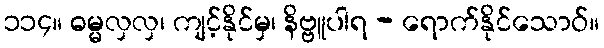
၁၁၄။ ဓမ္မလှလှ၊ ကျင့်နိုင်မှ၊ နိဗ္ဗူပါရ - ရောက်နိုင်သောဝ်။